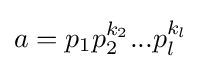
a=p_{1}p_{2}^{k_{2}}...p_{l}^{k_{l}}